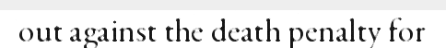
out against the death penalty for